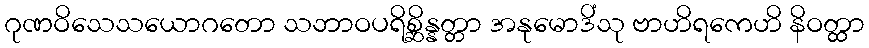
ဂုဏဝိသေသယောဂတော သဘာဝပရိစ္ဆိန္နတ္တာ အနုမောဒိံသု ဗာဟိရကေဟိ နိဝတ္ထာ